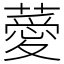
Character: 薆